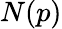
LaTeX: N(p)